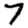
Digit: 7